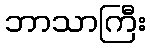
ဘာသာကြီး